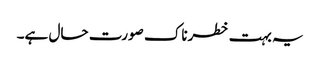
یہ بہت خطرناک صورت حال ہے۔